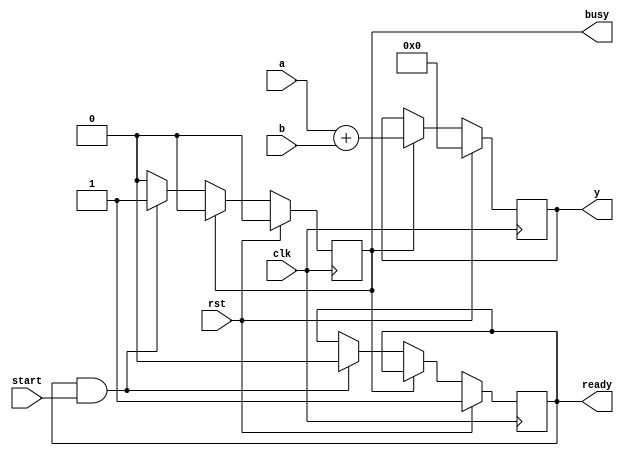
`timescale 1ns / 1ps

module sum(
    input clk,
    input rst,
    input start,
    input [15:0] a,
    input [15:0] b,
    output wire ready,
    output wire busy,
    output reg [15:0] y
);

localparam IDLE = 1'b0;
localparam WORK = 1'b1;

reg state;
reg ready_in;
reg [16:0] y_inh;

assign busy = state;
assign ready = ready_in;

always @(posedge clk)
    if (rst) begin
        y_inh <= 0;
        y <= 0;
        state <= IDLE;
        ready_in <= 1;
    end else begin
        case (state)
            IDLE: 
                if (ready && start) begin
                    state <= WORK;
                    ready_in <= 0;
                end
            WORK:
                begin
                    y <= a + b;
                    state <= IDLE;
                end
        endcase
    end
endmodule